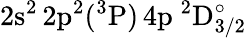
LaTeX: \mathrm{2s^{2}\, 2p^{2}(^{3}P)\, 4p~^{2}D_{3/2}^{\circ}}